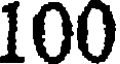
100